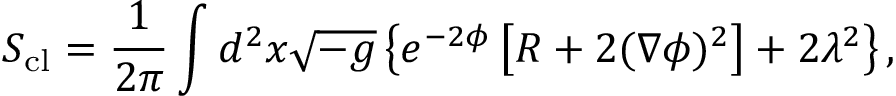
S _ { \mathrm { c l } } = \frac { 1 } { 2 \pi } \int \/ d ^ { 2 } x \sqrt { - g } \left\{ e ^ { - 2 \phi } \left[ R + 2 ( \nabla \phi ) ^ { 2 } \right] + 2 \lambda ^ { 2 } \right\} ,